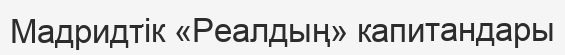
Мадридтік «Реалдың» капитандары